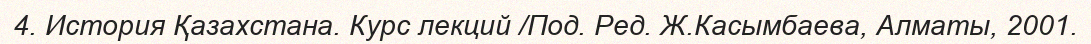
4. История Қазахстана. Курс лекций /Под. Ред. Ж.Касымбаева, Алматы, 2001.